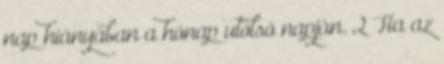
nap hiányában a hónap utolsó napján. 2 Ha az